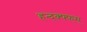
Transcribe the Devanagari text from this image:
हन्द्क्फ्फ्स्